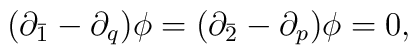
(\partial_{\bar 1}-\partial_{q})\phi = (\partial_{\bar 2}-\partial_{p})\phi =0,